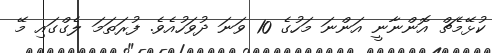
ކުޅޭމެޗް އޮންނާނީ އަންނަ މަހުގެ 10 ވަނަ ދުވަހުއެވެ. ފުރަތަމަ ލެގްގައި މޭ